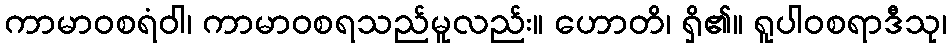
ကာမာဝစရံဝါ၊ ကာမာဝစရသည်မူလည်း။ ဟောတိ၊ ရှိ၏။ ရူပါဝစရာဒီသု၊